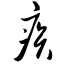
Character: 疾